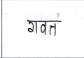
मजकूर: गवत